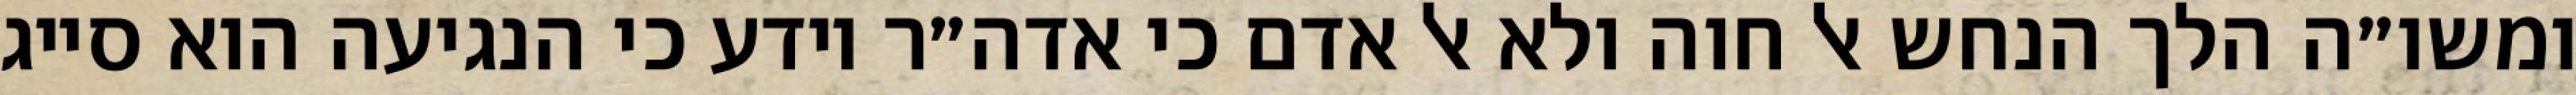
ומשו״ה הלך הנחש אל חוה ולא אל אדם כי אדה״ר יודע כי הנגיעה הוא סייג